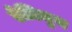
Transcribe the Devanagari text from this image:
ऐज़िमुथ